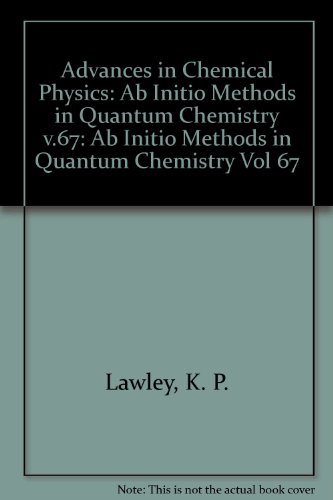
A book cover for Advances in Chemical Physics: AB INITIO Methods in Quantum Chemistry 2 (Volume 67); K. P. Lawley; Science & Math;